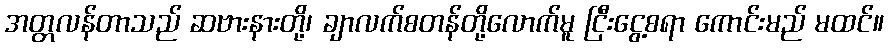
အတ္တလန်တာသည် ဆဗားနားတို့၊ ချာလက်စတန်တို့လောက်မူ ငြီးငွေ့စရာ ကောင်းမည် မထင်။